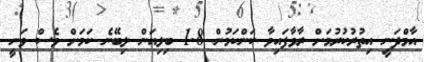
އާމްދަނީ އިތުރުކުރުމަށް ރާވާފައިވާ ކަންކަމުން 1.8 ބިލިއަން ލިބޭނެ ކަމަށް ވެސް ވަނީ